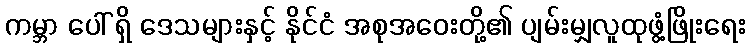
ကမ္ဘာ ပေါ် ရှိ ဒေသများနှင့် နိုင်ငံ အစုအဝေးတို့၏ ပျမ်းမျှလူထုဖွံ့ဖြိုးရေး